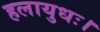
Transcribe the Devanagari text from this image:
हलायुधः।